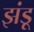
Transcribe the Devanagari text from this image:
झंडू